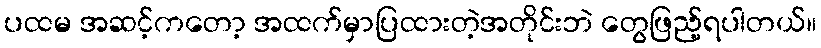
ပထမ အဆင့်ကတော့ အထက်မှာပြထားတဲ့အတိုင်းဘဲ တွေဖြည့်ရပါတယ်။